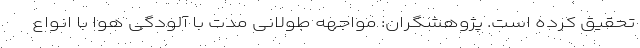
تحقیق کرده است. پژوهشگران: مواجهه طولانی‌ مدت با آلودگی هوا با انواع